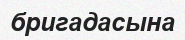
бригадасына